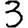
Digit: 3